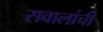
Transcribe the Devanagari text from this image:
सवालांची